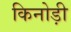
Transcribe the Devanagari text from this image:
किनोड़ी